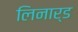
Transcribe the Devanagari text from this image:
लिनार्ड